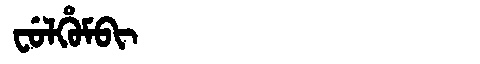
Manchu: ᠸᡠᠯᡥᡠᠮᠪᡳ
Romanization: FULHUMBI